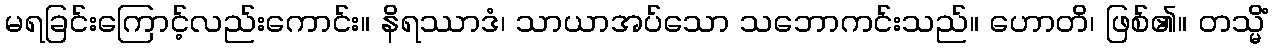
မရခြင်းကြောင့်လည်းကောင်း။ နိရဿာဒံ၊ သာယာအပ်သော သဘောကင်းသည်။ ဟောတိ၊ ဖြစ်၏။ တသ္မိံ